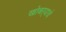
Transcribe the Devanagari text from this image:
खोबऱ्याचे